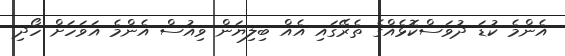
އެންމެ ކުޑަ ދުވަސްކޮޅެއްގެ ތެރޭގައި އެއް ބިލިޔަން ވިއުސް އެންމެ އަވަހަށް ހޯދި